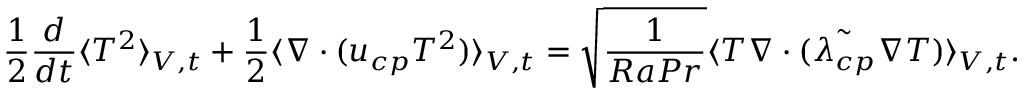
\frac { 1 } { 2 } \frac { d } { d t } \langle T ^ { 2 } \rangle _ { V , t } + \frac { 1 } { 2 } \langle \boldsymbol { \nabla } \cdot ( \boldsymbol { u _ { c p } } T ^ { 2 } ) \rangle _ { V , t } = \sqrt { \frac { 1 } { R a P r } } \langle T \boldsymbol { \nabla } \cdot ( { \tilde { \lambda _ { c p } } \boldsymbol { \nabla } T } ) \rangle _ { V , t } .